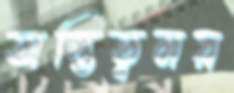
অস্তিত্বময়